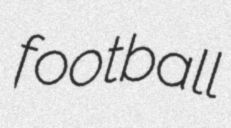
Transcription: football